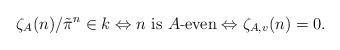
LaTeX: \begin{align*} \zeta_{A}(n)/\tilde{\pi}^{n}\in k\Leftrightarrow n\hbox{ is }A\hbox{-even} \Leftrightarrow \zeta_{A,v}(n)=0.\end{align*}